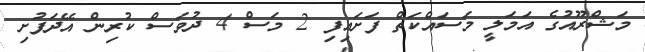
މަޝްރޫއުގެ އަމަލީ މަސައްކަތް ފަށައިފި 2 މަސް 4 ދުވަސް ކުރިން އޭދަފުށި